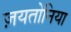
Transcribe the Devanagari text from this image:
ज़यतोनिया